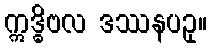
ဣဒ္ဓိဗလ ဒဿနပဥှ။